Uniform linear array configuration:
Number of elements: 64
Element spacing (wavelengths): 0.75
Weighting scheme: kaiser
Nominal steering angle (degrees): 30
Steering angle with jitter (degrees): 31.921
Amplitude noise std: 0.05
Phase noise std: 0.05

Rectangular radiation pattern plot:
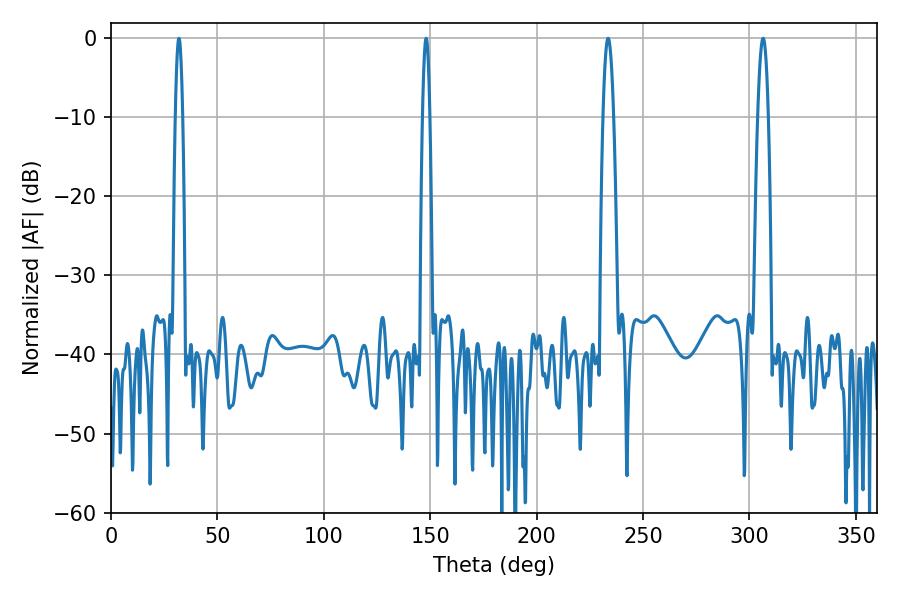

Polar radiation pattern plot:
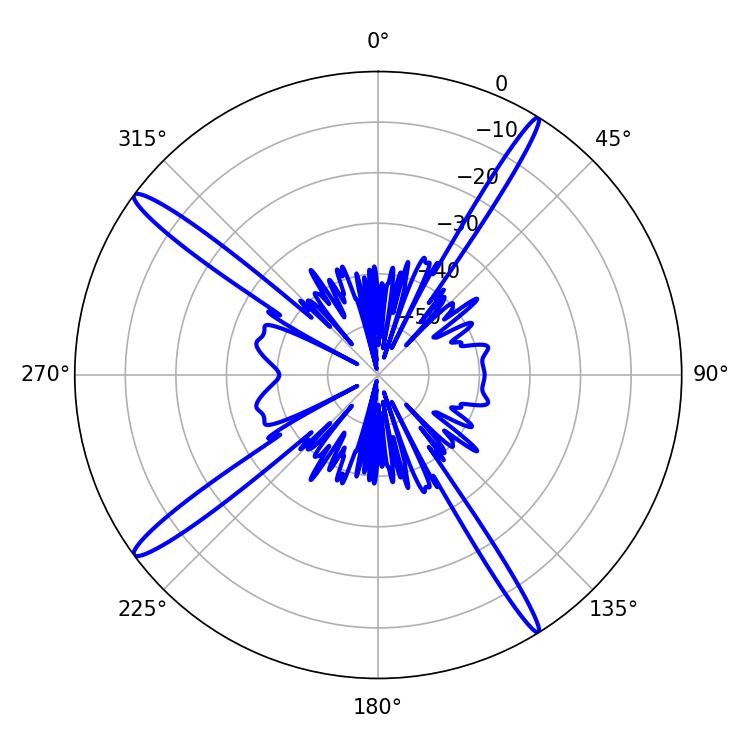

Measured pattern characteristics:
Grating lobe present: TRUE
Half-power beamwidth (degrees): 2.7
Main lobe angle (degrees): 306.36